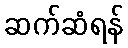
ဆက်ဆံရန်